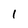
Character: 1